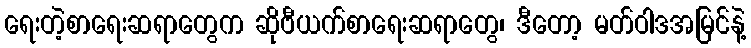
ရေးတဲ့စာရေးဆရာတွေက ဆိုဗီယက်စာရေးဆရာတွေ၊ ဒီတော့ မတ်ဝါဒအမြင်နဲ့